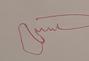
Signature authenticity: forged